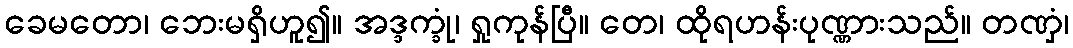
ခေမတော၊ ဘေးမရှိဟူ၍။ အဒ္ဒက္ခုံ၊ ရှုကုန်ပြီ။ တေ၊ ထိုရဟန်းပုဏ္ဏားသည်။ တဏှံ၊